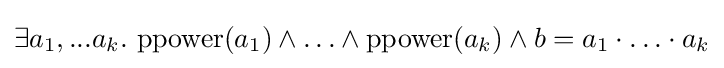
\exists a_{1},...a_{k}.\ \mathrm {ppower} (a_{1})\land \ldots \land \mathrm {ppower} (a_{k})\land b=a_{1}\cdot \ldots \cdot a_{k}